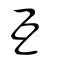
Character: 互